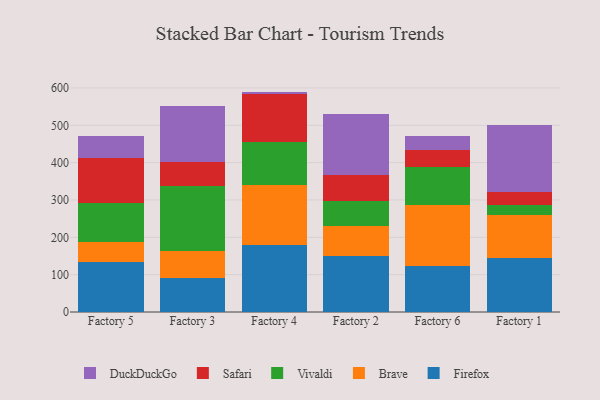
{"axis": {"x": "Factory", "y": "Inventory Turnover"}, "legend": ["Brave", "DuckDuckGo", "Firefox", "Safari", "Vivaldi"], "data": [{"x": "Factory 5", "y": 134.1, "type": "Firefox"}, {"x": "Factory 5", "y": 52.3, "type": "Brave"}, {"x": "Factory 5", "y": 105.3, "type": "Vivaldi"}, {"x": "Factory 5", "y": 120.6, "type": "Safari"}, {"x": "Factory 5", "y": 58.1, "type": "DuckDuckGo"}, {"x": "Factory 3", "y": 90.0, "type": "Firefox"}, {"x": "Factory 3", "y": 72.7, "type": "Brave"}, {"x": "Factory 3", "y": 174.5, "type": "Vivaldi"}, {"x": "Factory 3", "y": 64.1, "type": "Safari"}, {"x": "Factory 3", "y": 149.2, "type": "DuckDuckGo"}, {"x": "Factory 4", "y": 178.2, "type": "Firefox"}, {"x": "Factory 4", "y": 161.3, "type": "Brave"}, {"x": "Factory 4", "y": 115.0, "type": "Vivaldi"}, {"x": "Factory 4", "y": 128.9, "type": "Safari"}, {"x": "Factory 4", "y": 6.9, "type": "DuckDuckGo"}, {"x": "Factory 2", "y": 150.8, "type": "Firefox"}, {"x": "Factory 2", "y": 80.8, "type": "Brave"}, {"x": "Factory 2", "y": 67.0, "type": "Vivaldi"}, {"x": "Factory 2", "y": 69.6, "type": "Safari"}, {"x": "Factory 2", "y": 160.8, "type": "DuckDuckGo"}, {"x": "Factory 6", "y": 123.3, "type": "Firefox"}, {"x": "Factory 6", "y": 163.4, "type": "Brave"}, {"x": "Factory 6", "y": 101.5, "type": "Vivaldi"}, {"x": "Factory 6", "y": 47.0, "type": "Safari"}, {"x": "Factory 6", "y": 37.2, "type": "DuckDuckGo"}, {"x": "Factory 1", "y": 144.1, "type": "Firefox"}, {"x": "Factory 1", "y": 114.7, "type": "Brave"}, {"x": "Factory 1", "y": 27.1, "type": "Vivaldi"}, {"x": "Factory 1", "y": 36.8, "type": "Safari"}, {"x": "Factory 1", "y": 179.3, "type": "DuckDuckGo"}]}